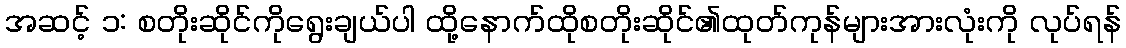
အဆင့် ၁: စတိုးဆိုင်ကိုရွေးချယ်ပါ ထို့နောက်ထိုစတိုးဆိုင်၏ထုတ်ကုန်များအားလုံးကို လုပ်ရန်